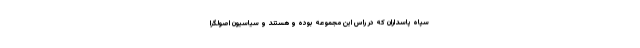
سپاه پاسداران که در راس این مجموعه بوده و هستند و سیاسیون اصولگرا